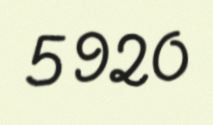
5 920